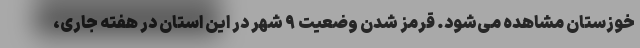
خوزستان مشاهده می‌شود. قرمز شدن وضعیت ۹ شهر در این استان در هفته جاری،